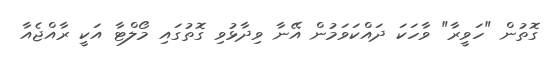
ގޮތުން "ހަވީރާ" ވާހަކަ ދައްކަވަމުން އޭނާ ވިދާޅުވި ގޮތުގައި މޯލްޓާ އަކީ ރާއްޖެއާ